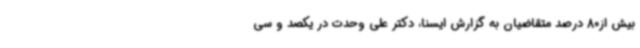
بیش از80 درصد متقاضیان به گزارش ایسنا، دکتر علی وحدت در یکصد و سی